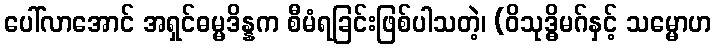
ပေါ်လာအောင် အရှင်ဓမ္မဒိန္နက စီမံရခြင်းဖြစ်ပါသတဲ့၊ (ဝိသုဒ္ဓိမဂ်နှင့် သမ္မောဟ